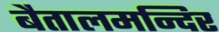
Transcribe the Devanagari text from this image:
बैतालमन्दिर